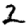
Digit: 2